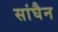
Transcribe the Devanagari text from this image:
सांघैन